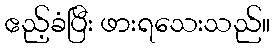
ဧည့်ခံပြီး ဖားရသေးသည်။